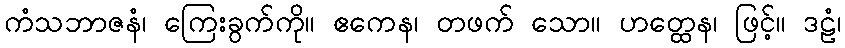
ကံသဘာဇနံ၊ ကြေးခွက်ကို။ ဧကေန၊ တဖက် သော။ ဟတ္ထေန၊ ဖြင့်။ ဒဠံ၊